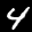
Label: 4